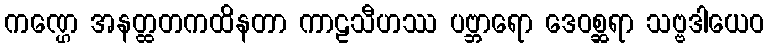
ကဏ္ဌေ အနတ္ထတကထိနတာ ကာဠသီဟဿ ပဗ္ဘာရော ဒေဝစ္ဆရာ သဗ္ဗဒါယေဝ